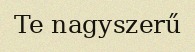
Te nagyszerű